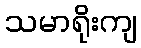
သမာရိုးကျ